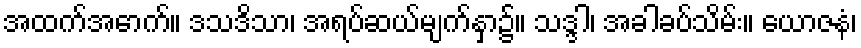
အထက်အောက်။ ဒသဒိသာ၊ အရပ်ဆယ်မျက်နှာ၌။ သဒ္ဒါ၊ အခါခပ်သိမ်း။ ယောဇနံ၊